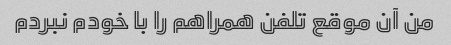
من آن موقع تلفن همراهم را با خودم نبردم